Vaccination in Burma 1900-1911 - 1900-1911
Year: 1900
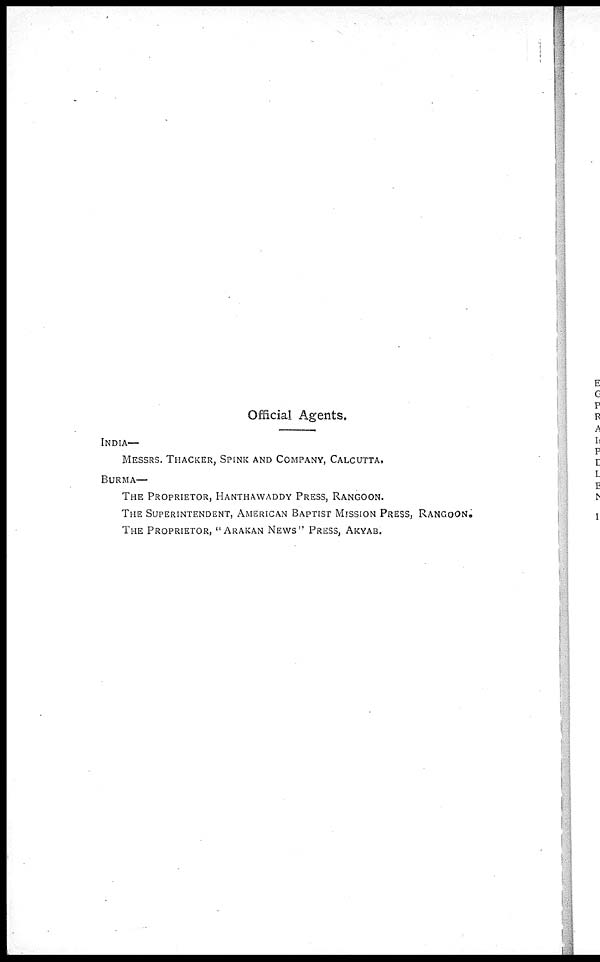
Official Agents.
INDIA—
MESSRS. THACKER, SPINK AND COMPANY, CALCUTTA.
BURMA—
THE PROPRIETOR, HANTHAWADDY PRESS, RANGOON.
THE SUPERINTENDENT, AMERICAN BAPTIST MISSION PRESS, RANGOON.
THE PROPRIETOR, " ARAKAN NEWS" PRESS, AKYAB.